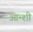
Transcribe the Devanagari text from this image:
आन्शी